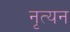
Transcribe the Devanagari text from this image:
नृत्यन